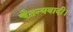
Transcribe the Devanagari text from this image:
चैतन्यवादी।